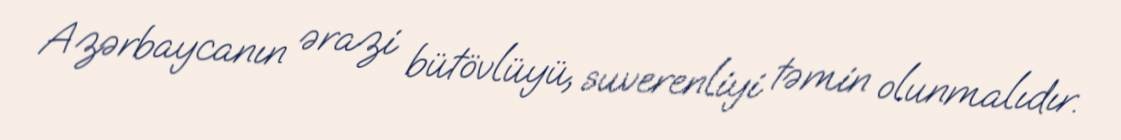
Azərbaycanın ərazi bütövlüyü, suverenliyi təmin olunmalıdır.